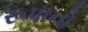
રૂપાનો